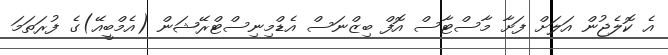
އެ ކޮލެޖުން އަލަށް ފަށާ މާސްޓާސް އޮފް ބިޒްނަސް އެޑްމިނިސްޓްރޭޝަން (އެމްބީއޭ)ގެ ފުރަތަމަ